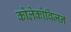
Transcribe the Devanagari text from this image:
कोलेकोविजन